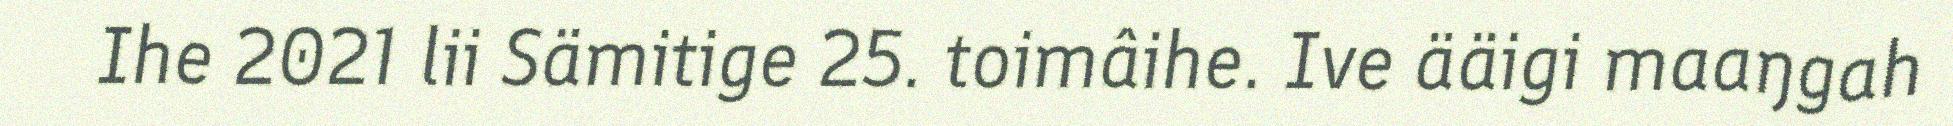
Ihe 2021 lii Sämitige 25. toimâihe. Ive ääigi maaŋgah